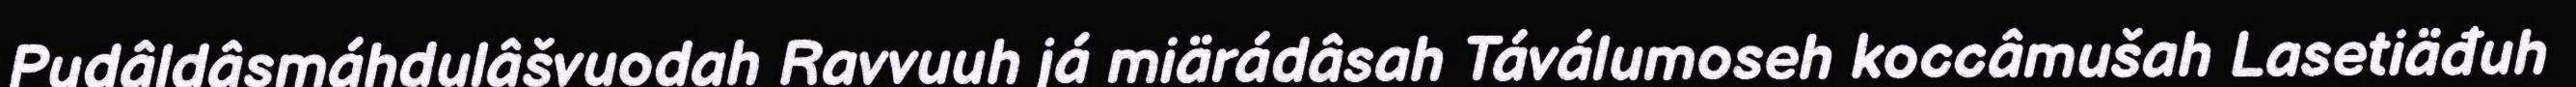
Pudâldâsmáhdulâšvuodah Ravvuuh já miärádâsah Táválumoseh koccâmušah Lasetiäđuh